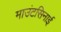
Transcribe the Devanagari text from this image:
माउंटसिनाई